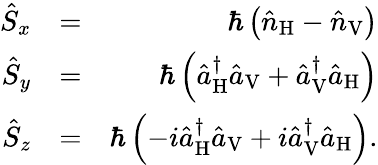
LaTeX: \begin{array}{rlr}{\hat{S}_{x}}&{=}&{\hbar\left(\hat{n}_{\mathrm{H}}-\hat{n}_{\mathrm{V}}\right)}\\ {\hat{S}_{y}}&{=}&{\hbar\left(\hat{a}_{\mathrm{H}}^{\dagger}\hat{a}_{\mathrm{V}}+\hat{a}_{\mathrm{V}}^{\dagger}\hat{a}_{\mathrm{H}}\right)}\\ {\hat{S}_{z}}&{=}&{\hbar\left(-i\hat{a}_{\mathrm{H}}^{\dagger}\hat{a}_{\mathrm{V}}+i\hat{a}_{\mathrm{V}}^{\dagger}\hat{a}_{\mathrm{H}}\right).}\end{array}